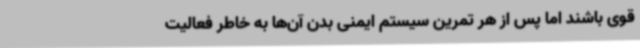
قوی باشند اما پس از هر تمرین سیستم ایمنی بدن آن‌ها به خاطر فعالیت